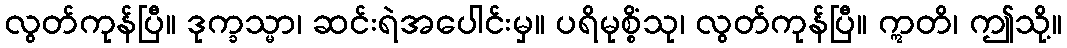
လွတ်ကုန်ပြီ။ ဒုက္ခသ္မာ၊ ဆင်းရဲအပေါင်းမှ။ ပရိမုစ္စိံသု၊ လွတ်ကုန်ပြီ။ ဣတိ၊ ဤသို့။